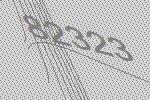
82323